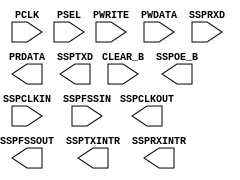
/* ssp.v
    this is the top level module, ssp => Synchronous Serial Port
    * uses 8-bit words
    * performs parallel-to-serial conversion on output data
    * performs serial-to-parallel conversion on input data
    * buffers input and output with 2 32-bit (4-word) FIFO queues
*/

module ssp(input PCLK,              // ssp clock -> all interface, FIFO operations synched to this
           input CLEAR_B,           // active low clear signal for initializing ssp
           input PSEL,              // active high chip select -> controls data flow into/out of ssp 
           input PWRITE,            // 1 -> write to ssp; 0 -> read from ssp 
           input [7:0] PWDATA,      // data word to be transmitted 
           input SSPCLKIN,          // synchronization clk for reception data, connected to SSPCLKOUT
           input SSPFSSIN,          // receive frame control signal. read data at next posedge of SSPCLKIN 
           input SSPRXD,            // 1-bit serial data input

           output [7:0] PRDATA,     // data word received 
           output SSPOE_B,          // active low enable during transmission (negedge before to negedge after)
           output SSPTXD,           // 1-bit serial data output
           output SSPCLKOUT,        // synchronization clk for transmission data, period = 2*PCLK
           output SSPFSSOUT,        // transmission frame control signal 
           output SSPTXINTR,        // pulled high when TX FIFO buffer is full
           output SSPRXINTR);       // pulled high when RX FIFO buffer is full

endmodule